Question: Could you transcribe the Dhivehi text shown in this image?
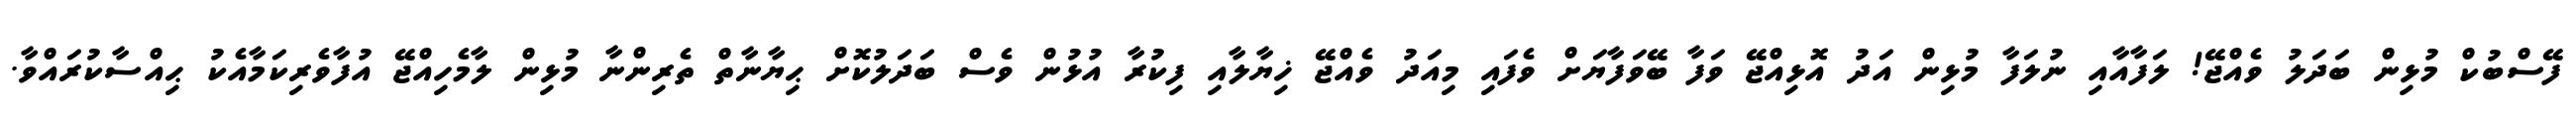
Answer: ފޭސްބުކް މުޅިން ބަދަލު ވެއްޖޭ! ލަފާއާއި ނުލަފާ މުޅިން އަދު އޮޅިއްޖޭ ވަފާ ބޭވަފާޔަށް ވެފައި މިއަދު ވެއްޖޭ ޚިޔާލާއި ފިކުރާ އުޅުން ވެސް ބަދަލުކޮށް ޙިޔާނާތް ތެރިންނާ މުޅިން ލާމެހިއްޖޭ އުފާވެރިކަމާއެކު ޙިއްސާކުރައްވާ.